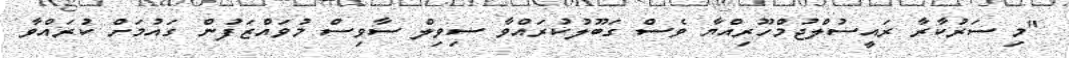
"މި ސަރުކާރާ ރައީސުލްޖުމްހޫރިއްޔާ ވެސް ގަބޫލުކުރައްވާ ސިވިލް ސާވިސް މުވައްޒަފުން ގައުމަށް ކުރައްވާ